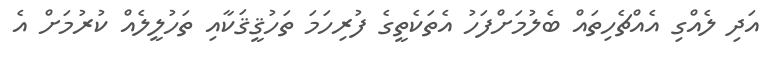
އަދި ލެއްގިި އެއްޗެހިތައް ބެލުމަށްފަހު އެތަކެތީގެ ފުރިހަމަ ތަހުޤީޤަކާއި ތަހުލީލެއް ކުރުމަށް އެ